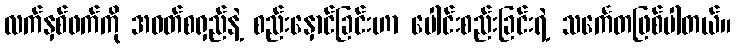
လက်နှစ်ဖက်ကို အဝတ်စရှည်နဲ့ စည်းနှောင်ခြင်းဟာ ပေါင်းစည်းခြင်းရဲ့ သင်္ကေတဖြစ်ပါတယ်။